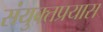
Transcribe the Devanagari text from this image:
संयुक्तप्रयास